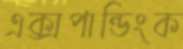
এক্সপান্ডিংক